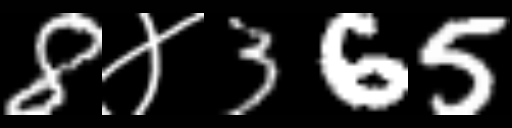
Text: 8४365